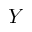
Y